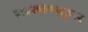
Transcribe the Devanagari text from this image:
राइख्सफ्यूहरर